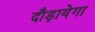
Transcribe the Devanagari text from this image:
दौड़ायेगा